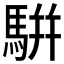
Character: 騈